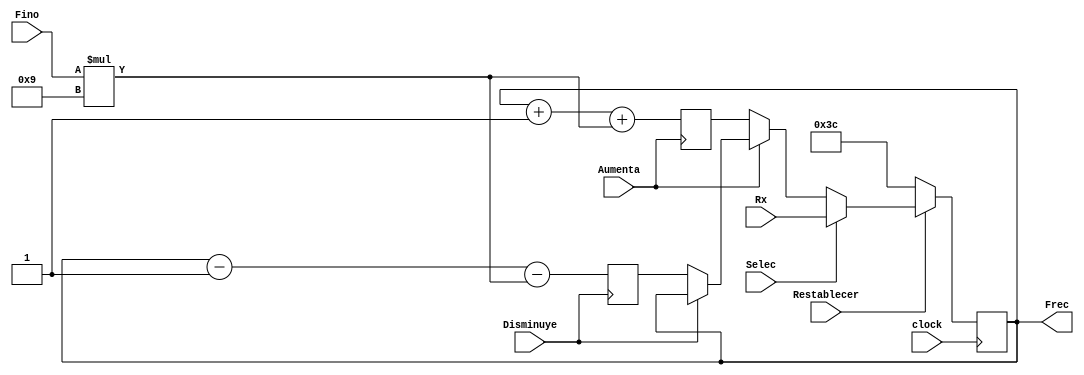
//------------------------------------------------------------------------------------------------------------------
//		Seleccionador de frecuencia
//
//	Este mdulo permite modificar el valor de frecuencia que el usuario quiere generar mediante un par de botones
//	aumentar o disminuir el valor, otro para restablecer a cierto valor, y un interruptor para poder hacer cambios
// de 1 en 1 o hacerlos de 10 en 10. Adems, otro interruptor va permitir que el valor de la frecuencia sea elegido
//	por el dato que ingrese en el bus serial o por el que se elija manualmente con los botones.
//	
//------------------------------------------------------------------------------------------------------------------

module Frecuencia(Aumenta, Disminuye, Fino, Restablecer, Rx, Selec, clock, Frec);

	input Aumenta, Disminuye, Fino, Restablecer, clock, Selec;	//3 botones, 2 interruptores y clock
	input [7:0] Rx;															//Dato recibido por el bus serial

	output reg[7:0] Frec = 60;												//Frecuencia seleccionada
	
	reg [7:0] FA, FD;		//Variables internas para generar los cambios con los botones
		

	always@(negedge Aumenta) begin
			FA = Frec + 1'b1 + (Fino * 4'b1001);		//Aumenta 1 o 10 dependiendo el valor del interruptor Fino
	end

	always@(negedge Disminuye) begin
			FD = Frec - 1'b1 - (Fino * 4'b1001);		//Disminuye 1 o 10 dependiendo el valor del interruptor Fino
	end
	
	always @(posedge clock) begin
		
		if (~Restablecer)	Frec <= 60;						//Reset vuelve frecuencia a 60 Hz
		else if (Selec)		Frec <= Rx;					//Permite que la frecuencia sea seleccionada por bus serial
		else if (~Aumenta)	Frec <= FA;					//Se actualiza al valor aumentado
		else if (~Disminuye)	Frec <= FD;					//Se actualiza al valor disminuido
		else			Frec <= Frec;							//Se queda igual
				
	end
	
endmodule